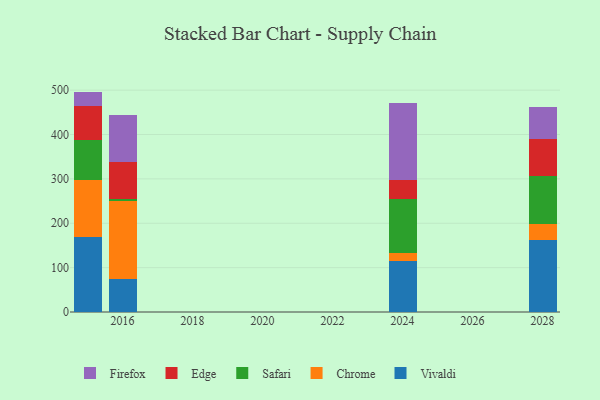
{"axis": {"x": "Year", "y": "Inventory Turnover"}, "legend": ["Chrome", "Edge", "Firefox", "Safari", "Vivaldi"], "data": [{"x": "2028", "y": 162.2, "type": "Vivaldi"}, {"x": "2028", "y": 35.2, "type": "Chrome"}, {"x": "2028", "y": 110.1, "type": "Safari"}, {"x": "2028", "y": 82.7, "type": "Edge"}, {"x": "2028", "y": 71.5, "type": "Firefox"}, {"x": "2015", "y": 169.7, "type": "Vivaldi"}, {"x": "2015", "y": 128.2, "type": "Chrome"}, {"x": "2015", "y": 88.9, "type": "Safari"}, {"x": "2015", "y": 78.2, "type": "Edge"}, {"x": "2015", "y": 31.7, "type": "Firefox"}, {"x": "2024", "y": 115.2, "type": "Vivaldi"}, {"x": "2024", "y": 17.7, "type": "Chrome"}, {"x": "2024", "y": 120.8, "type": "Safari"}, {"x": "2024", "y": 43.0, "type": "Edge"}, {"x": "2024", "y": 173.5, "type": "Firefox"}, {"x": "2016", "y": 73.7, "type": "Vivaldi"}, {"x": "2016", "y": 176.0, "type": "Chrome"}, {"x": "2016", "y": 5.4, "type": "Safari"}, {"x": "2016", "y": 83.7, "type": "Edge"}, {"x": "2016", "y": 104.2, "type": "Firefox"}]}